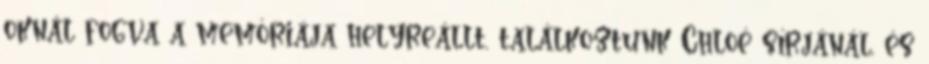
oknál fogva a memóriája helyreállt, találkoztunk Chloé sírjánál, és